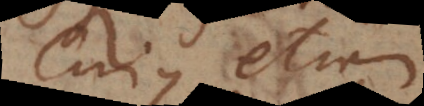
Cujus etiam